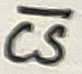
Text: CS